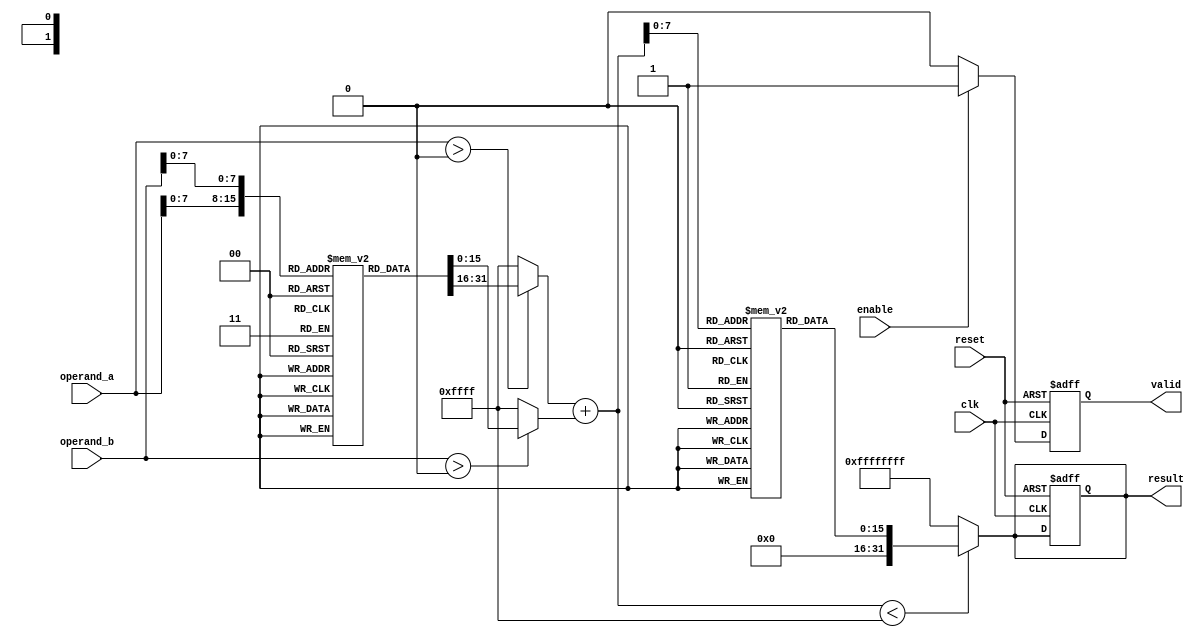
module LogarithmicMultiplier (
    input wire clk,
    input wire reset,
    input wire enable,
    input wire [15:0] operand_a, // Fixed-point representation
    input wire [15:0] operand_b, // Fixed-point representation
    output reg [31:0] result,     // Output result
    output reg valid               // Output valid signal
);

// Parameters for LUT size
parameter LUT_SIZE = 256;
parameter LOG_BASE = 2; // Base for logarithm

// Logarithm and Exponential LUTs (for simplicity, using fixed values)
reg [15:0] log_lut [0:LUT_SIZE-1];
reg [15:0] exp_lut [0:LUT_SIZE-1];

// Internal signals
reg [15:0] log_a;
reg [15:0] log_b;
reg [15:0] log_sum;
reg [7:0] index_a;
reg [7:0] index_b;

// Initialize LUTs (this should be done in a more sophisticated way)
initial begin
    // Populate log_lut and exp_lut with appropriate values
    // For example, log_lut[i] = log2(i) * scale_factor
    // exp_lut[i] = 2^i * scale_factor
end

// Logarithmic conversion
always @(*) begin
    if (operand_a > 0) begin
        index_a = operand_a[7:0]; // Assuming the lower 8 bits are used for LUT indexing
        log_a = log_lut[index_a];
    end else begin
        log_a = 16'hFFFF; // Handle log(0) case
    end

    if (operand_b > 0) begin
        index_b = operand_b[7:0]; // Assuming the lower 8 bits are used for LUT indexing
        log_b = log_lut[index_b];
    end else begin
        log_b = 16'hFFFF; // Handle log(0) case
    end
end

// Addition block
always @(*) begin
    log_sum = log_a + log_b;
end

// Exponential conversion
always @(*) begin
    if (log_sum < 16'hFFFF) begin
        result = exp_lut[log_sum[7:0]]; // Assuming the lower 8 bits are used for LUT indexing
    end else begin
        result = 32'hFFFFFFFF; // Handle overflow case
    end
end

// Control logic
always @(posedge clk or posedge reset) begin
    if (reset) begin
        result <= 32'b0;
        valid <= 1'b0;
    end else if (enable) begin
        valid <= 1'b1; // Indicate that the result is valid
    end else begin
        valid <= 1'b0; // Reset valid signal
    end
end

endmodule